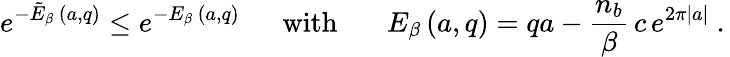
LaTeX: \left.e^{-\tilde{E}_{\beta}\, (a,q)}\leq e^{-E_{\beta}\, (a,q)}\ \ \ \ \ \ \mathrm{with}\ \ \ \ \ \ \ E_{\beta}\, (a,q)=qa-\frac{n_{b}}{\beta}\, c\, e^{2\pi|a|}\ .\right.